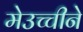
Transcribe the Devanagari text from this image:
मेउच्चीने